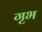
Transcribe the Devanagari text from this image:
गृभ